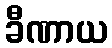
ခီဏာယ